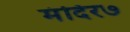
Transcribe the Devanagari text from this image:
मंदिर७